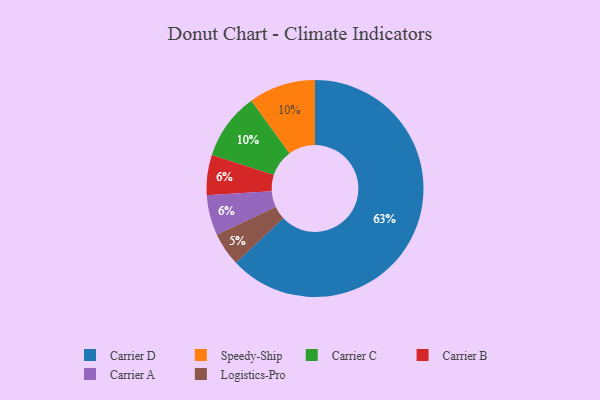
{"axis": {"x": "Category", "y": "Percentage"}, "legend": ["Carrier A", "Carrier B", "Carrier C", "Carrier D", "Logistics-Pro", "Speedy-Ship"], "data": [{"x": "Logistics-Pro", "y": 5, "type": "Logistics-Pro"}, {"x": "Speedy-Ship", "y": 10, "type": "Speedy-Ship"}, {"x": "Carrier B", "y": 6, "type": "Carrier B"}, {"x": "Carrier C", "y": 10, "type": "Carrier C"}, {"x": "Carrier D", "y": 63, "type": "Carrier D"}, {"x": "Carrier A", "y": 6, "type": "Carrier A"}]}